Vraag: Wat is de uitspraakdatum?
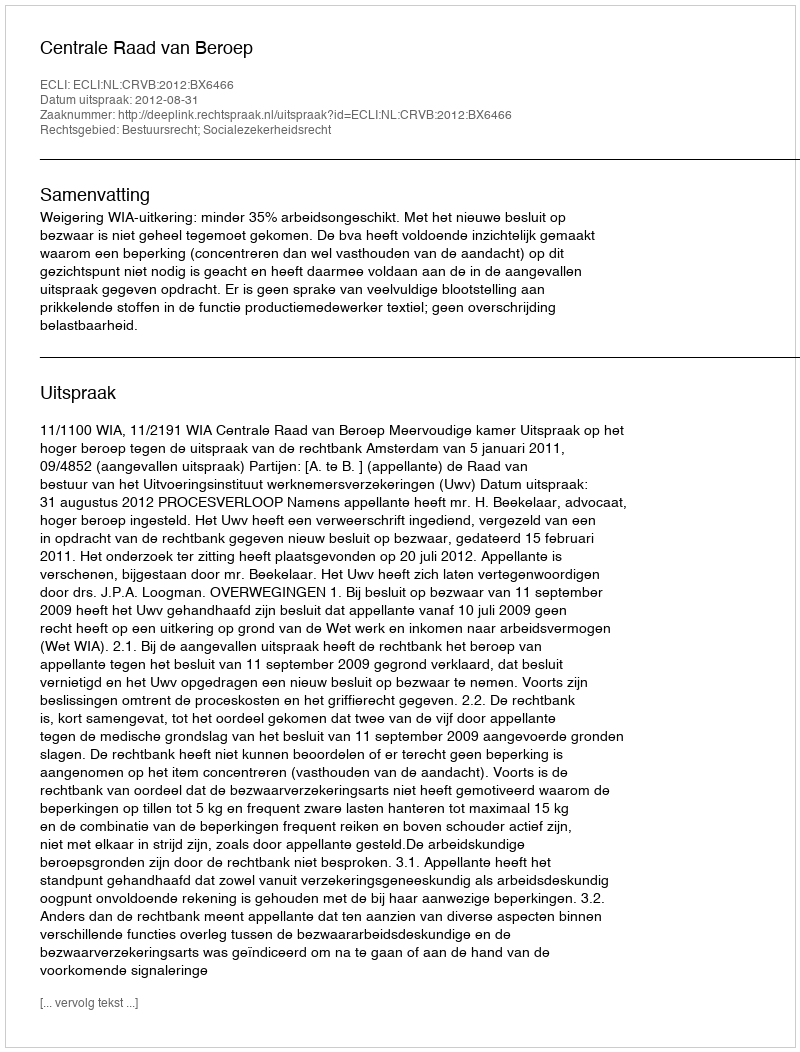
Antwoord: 2012-08-31